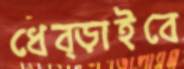
ধেব্‌ড়াইবে